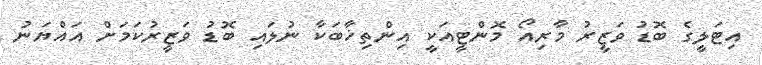
އިޓަލީގެ ބޮޑު ވަޒީރު މާރިއޯ މޮންޓީއަކީ އިންތިޚާބަކާ ނުލައި ބޮޑު ވަޒީރުކަމަށް އައްޔަނު